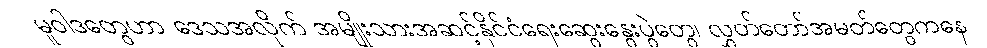
မူဝါဒတွေဟာ ဒေသအလိုက် အမျိုးသားအဆင့်နိုင်ငံရေးဆွေးနွေးပွဲတွေ၊ လွှတ်တော်အမတ်တွေကနေ